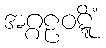
အဂ္ဂဠဝဋ္ဋိံ